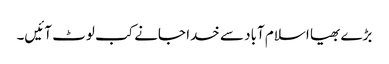
بڑے بھیا اسلام آباد سے خدا جانے کب لوٹ آئیں۔